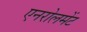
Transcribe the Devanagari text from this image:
एनरोलमेंट